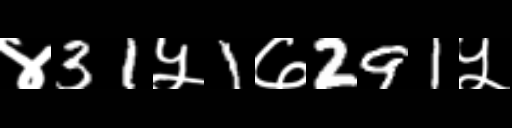
Text: ४31५1७291५